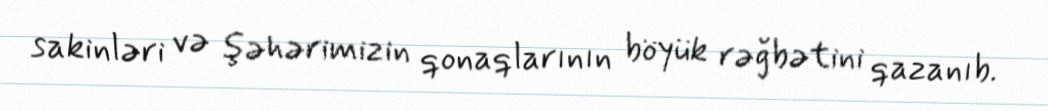
sakinləri və şəhərimizin qonaqlarının böyük rəğbətini qazanıb.